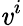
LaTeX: \mathit{v}^{i}